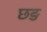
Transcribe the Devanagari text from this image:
छङ